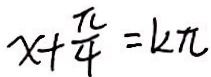
x + \frac { \pi } { 4 } = k \pi